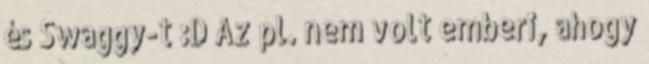
és Swaggy-t :D Az pl. nem volt emberi, ahogy